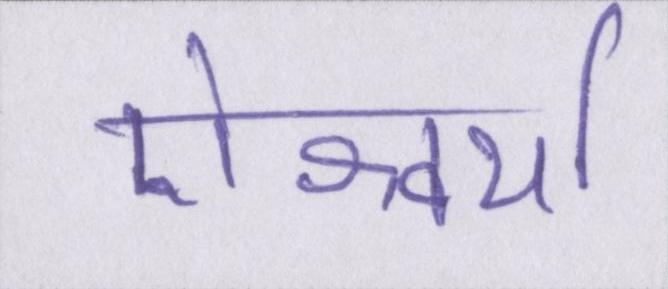
ऐश्वर्या